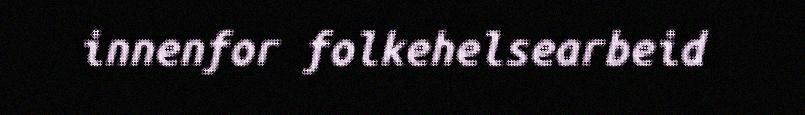
innenfor folkehelsearbeid